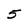
Character: 5